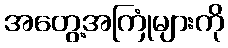
အတွေ့အကြုံများကို